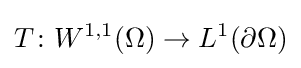
T\colon W^{1,1}(\Omega )\to L^{1}(\partial \Omega )